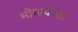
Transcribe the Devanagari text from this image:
भोगावनंतर